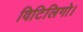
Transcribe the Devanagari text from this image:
विटिलिगो।